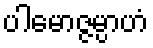
ပါမောဇ္ဇမ္ပာဟံ